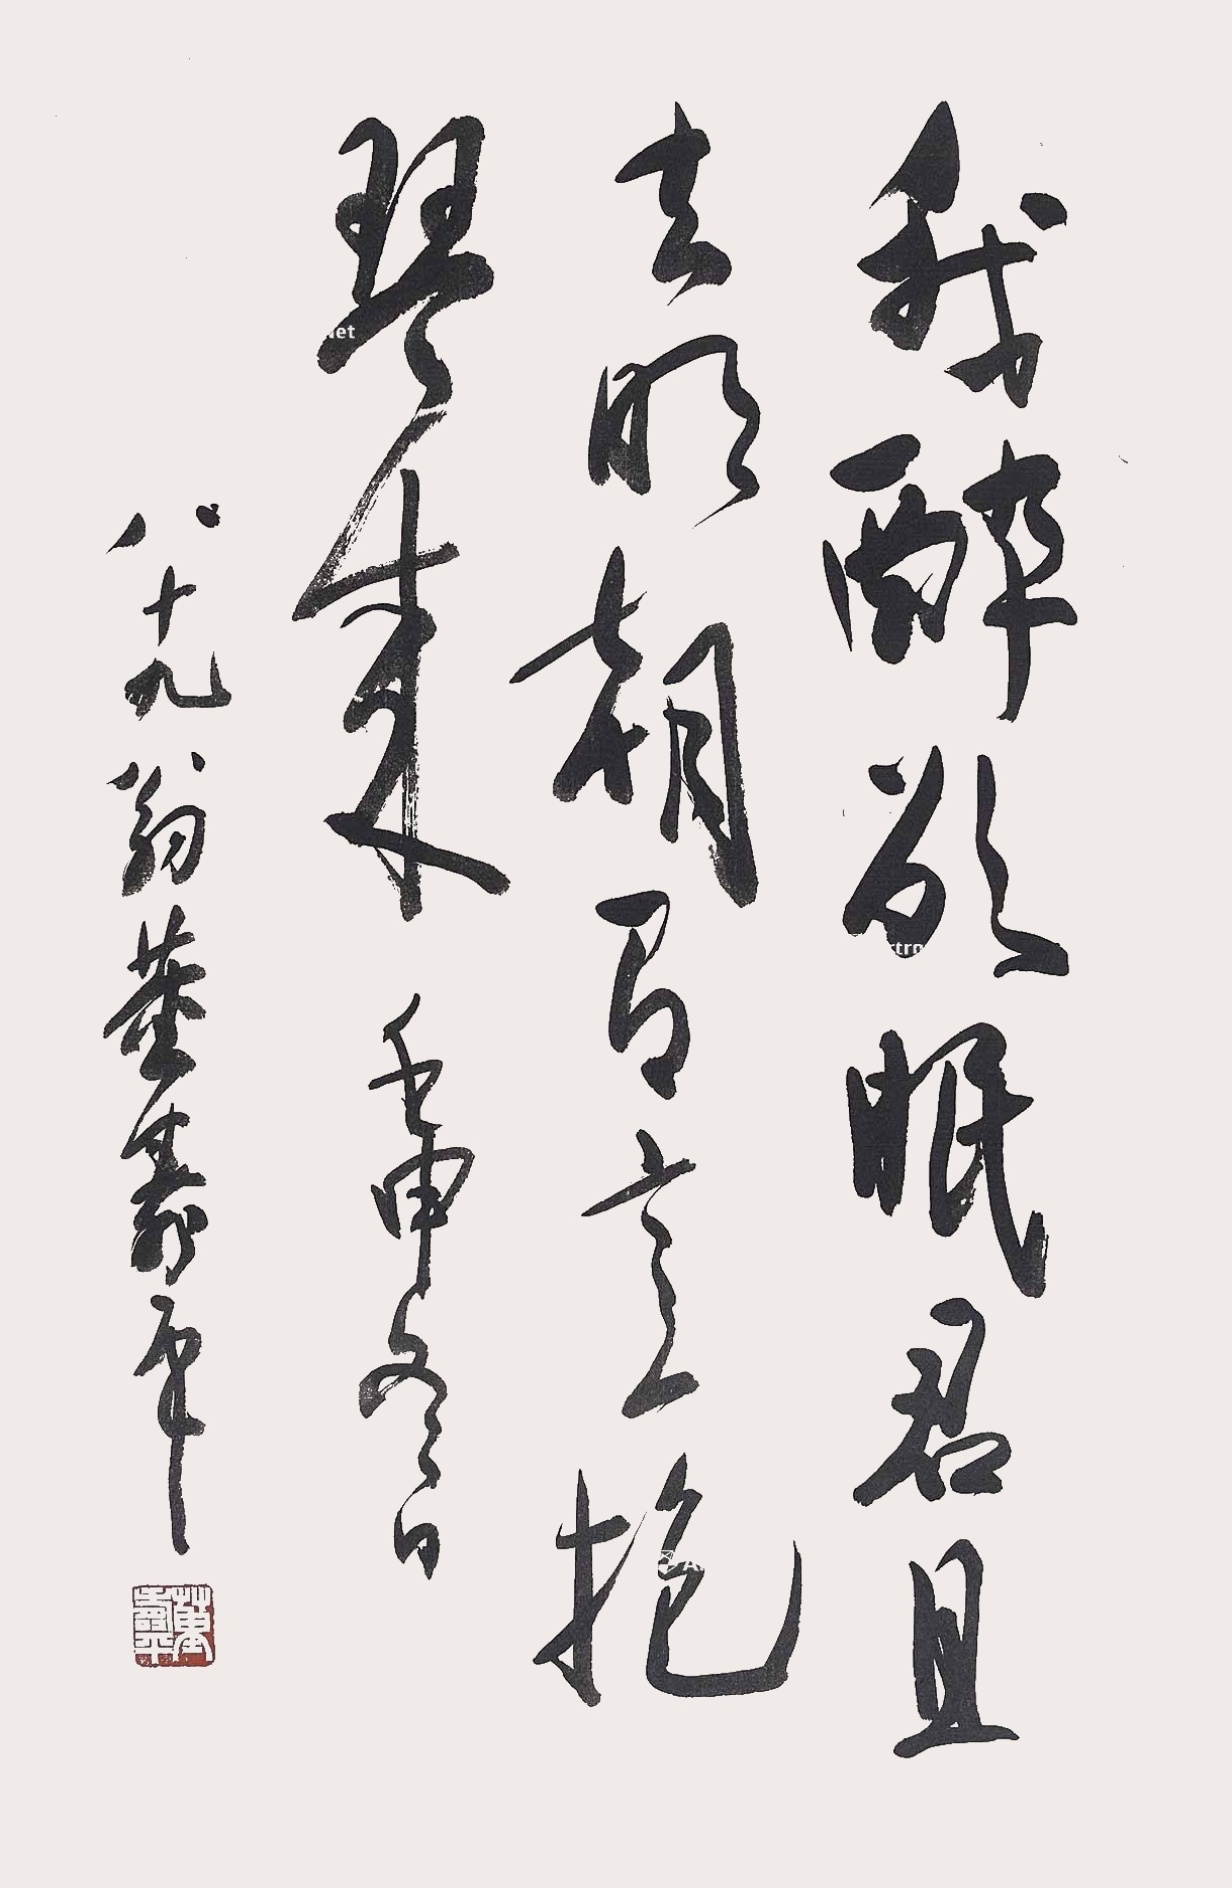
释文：我醉欲眠君且去,明朝有意抱琴来。壬申冬日，八十九翁董寿平。